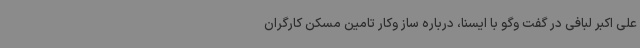
علی اکبر لبافی در گفت وگو با ایسنا، درباره ساز وکار تامین مسکن کارگران